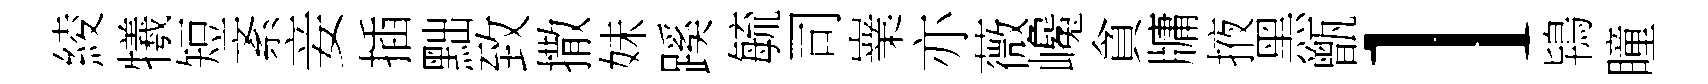
綾犧短紊妾插黜致撒妹蹊毓司嶪亦薇巉貪牗掖黑甑l鴇瞳